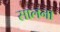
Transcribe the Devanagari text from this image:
सालना